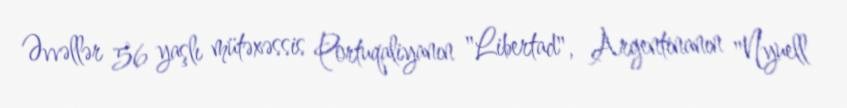
Əvvəllər 56 yaşlı mütəxəssis Portuqaliyanın "Libertad", Argentinanın "Nyuell